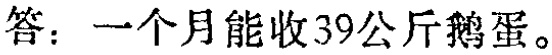
答：一个月能收39公斤鹅蛋。